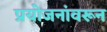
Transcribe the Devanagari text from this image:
प्रयोजनांवरून